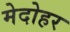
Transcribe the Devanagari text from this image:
मेदोहर